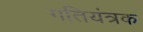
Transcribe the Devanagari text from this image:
गतियंत्रक